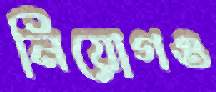
নিয়োগও